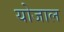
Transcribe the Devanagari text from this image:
योजाल